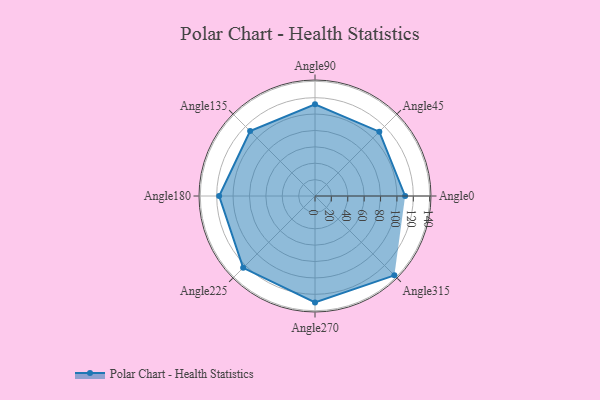
{"axis": {"x": "Angle", "y": "Radius"}, "legend": [""], "data": [{"x": "Angle0", "y": 110.0, "type": ""}, {"x": "Angle45", "y": 111.0, "type": ""}, {"x": "Angle90", "y": 112.0, "type": ""}, {"x": "Angle135", "y": 112.0, "type": ""}, {"x": "Angle180", "y": 117.0, "type": ""}, {"x": "Angle225", "y": 124.0, "type": ""}, {"x": "Angle270", "y": 130.0, "type": ""}, {"x": "Angle315", "y": 137.0, "type": ""}]}